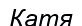
Катя